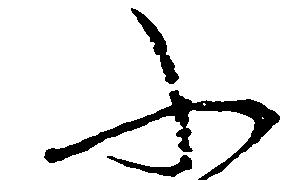
ふ